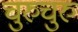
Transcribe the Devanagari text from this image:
चुरुचुरु